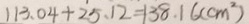
1 1 3 . 0 4 + 2 5 . 1 2 = 1 3 8 . 1 6 ( c m ^ { 2 } )